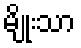
မျိုးသာ